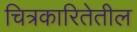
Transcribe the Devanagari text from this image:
चित्रकारितेतील